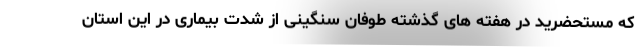
که مستحضرید در هفته های گذشته طوفان سنگینی از شدت بیماری در این استان